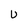
Character: U